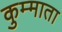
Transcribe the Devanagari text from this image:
कुम्माता